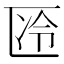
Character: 𱑊